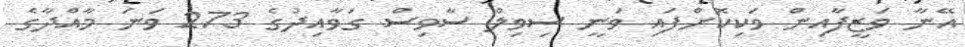
އޭނާ ވަޒީފާއިން ވަކިކޮށްފައި ވަނީ ސިވިލް ސާވިސް ގަވާއިދުގެ 273 ވަނަ މާއްދާގެ